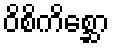
ဝိစိကိစ္ဆော